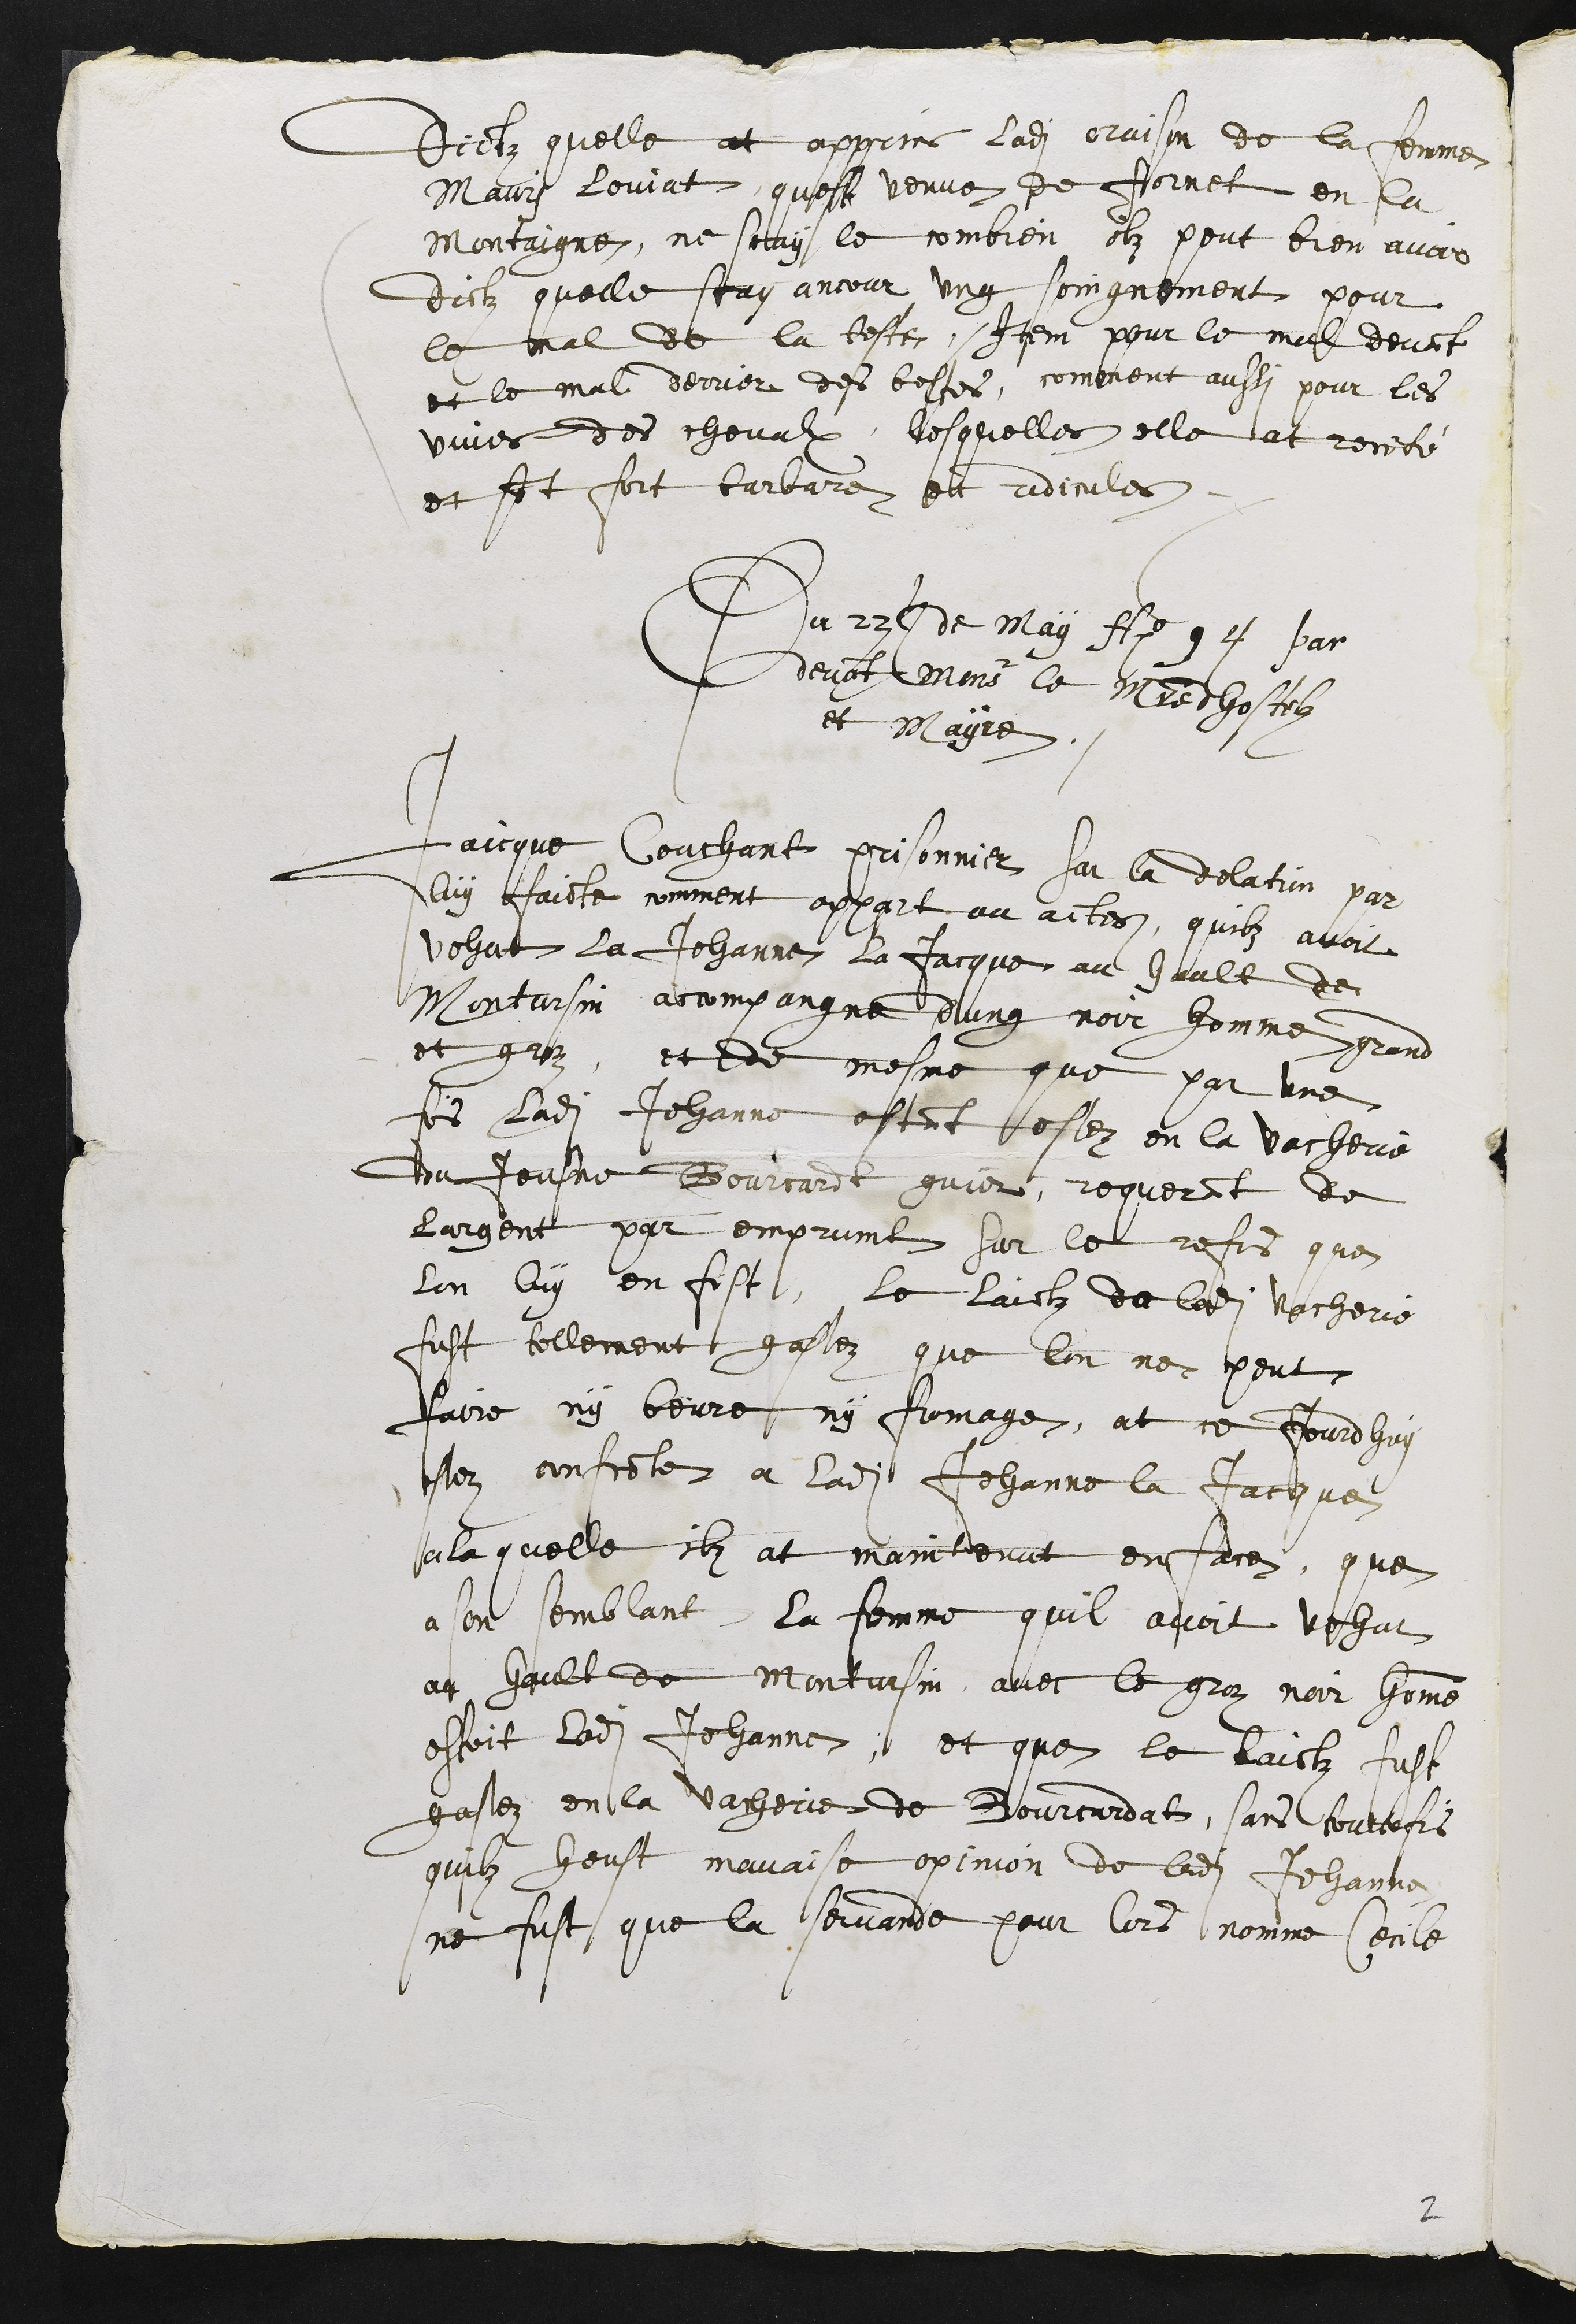
Dictz quelle at apprins ladite oraison de la femme
Mauri Loviat quest venue de fornet en la
Montaigne, ne scay le combien ilz peut bien avoir
dictz quelle scay ancour ung soingnement pour
le mal de la teste, Item pour le mal devant
et le mal derrier des bestes, comment aussi pour les
vuies des chevalx, lesquelles elle at recité
et sont fort barbare et ridicules
Du 22e de May Ao 94 par
devant Monsr le Maistre dhostelz
et Mayre.
Jaicque Couchant prisonnier sur la delation par
luy faicte comment appart au actes, quilz avoit
vehut la Jehanne la Jacque au hault de
Montursin accompagne dung noir homme grand
et groz, et de mesme que par une
fois ladite Jehanne estant estez en la vacherie
du Jeusne Bourcardt guier, requerant de
largent par emprumt sur le refus que
lon luy en fist, le laictz de ladite vacherie
fust tellement gastez que lon ne peut
faire ny beurre ny fromage, at ce jourdhuy
estez confronte a ladite Jehanne la Jacque
a la quelle ilz at maintenut en face, que
a son semblant la femme quil avoit vehut
au hault de Montursin, avec le groz noir homme
estoit ladite Jehanne, et que le laictz fust
gastez en la vacherie de Bourcardat, sans toutteffois
quilz heust mavaise opinion de ladite Jehanne
ne fust que la servande pour lors nomme Cecile

2